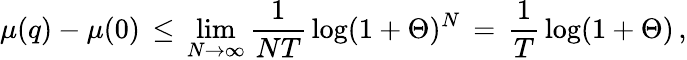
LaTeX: \mu(q)-\mu(0)\, \leq\, \operatorname*{lim}_{N\rightarrow\infty}{\frac{1}{NT}}\log(1+\Theta)^{N}\, =\, {\frac{1}{T}}\log(1+\Theta)\, ,